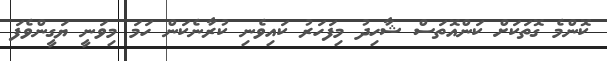
ކޮންމެ ގޮތަކަށް ކަންއޮތަސް ޝާހިދު މިފަހަރު ކައިވެނި ކުރާނެކަން ހަމަ މިވަނީ ޔަގީންވެފަ